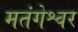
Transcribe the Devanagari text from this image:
मतंगेश्वर